Annual administration report of the Civil Veterinary Department, Ajmere-Merwara, British Rajputana - 1914-1940
Year: 1914
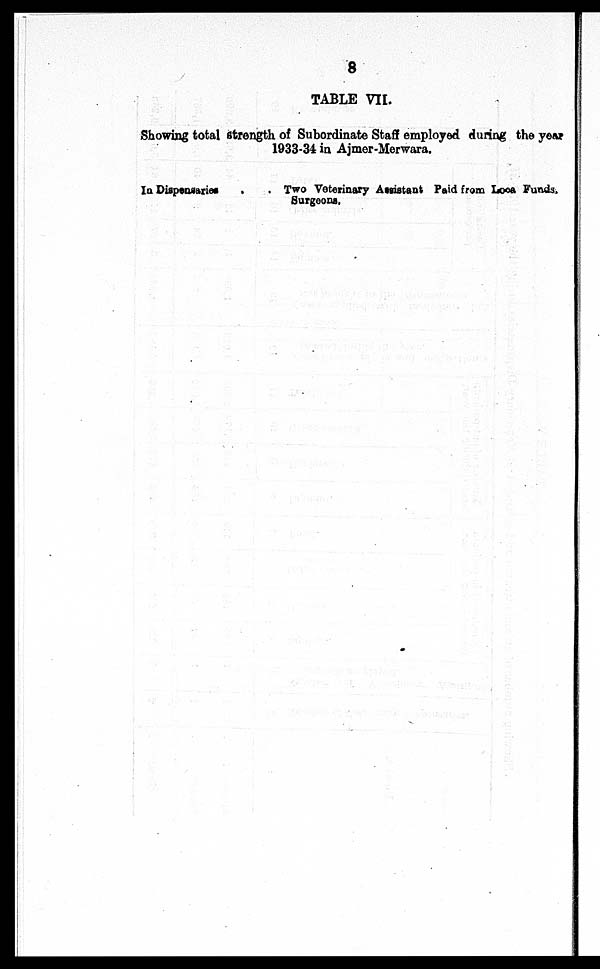
8
TABLE VII.
Showing total strength of Subordinate Staff employed during the year
1933-34 in Ajmer-Merwara.
In Dispensaries
Two Veterinary Assistant Paid from Loca Funds.
Surgeons.